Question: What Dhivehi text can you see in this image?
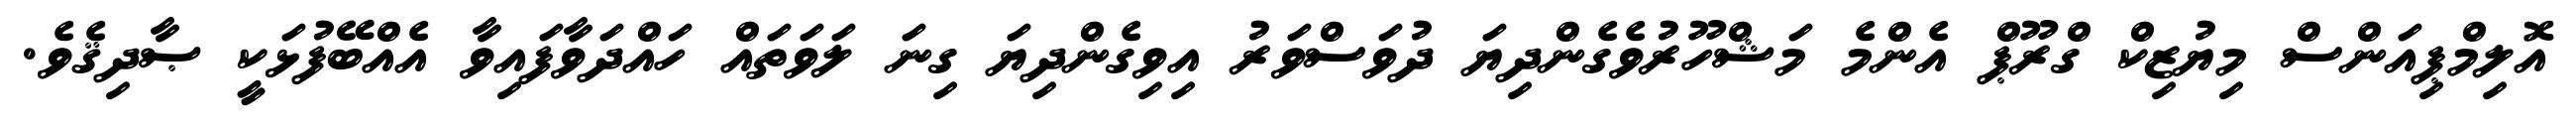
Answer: އޮލިމްޕިއަންސް މިޔުޒިކް ގްރޫޕް އެންމެ މަޝްހޫރުވެގެންދިޔަ ދުވަސްވަރު އިވިގެންދިޔަ ގިނަ ލަވަތައް ހައްދަވާފައިވާ އެއްބޭފުޅަކީ ޞާދިޤެވެ.